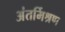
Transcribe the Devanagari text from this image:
अंतर्मिश्रण